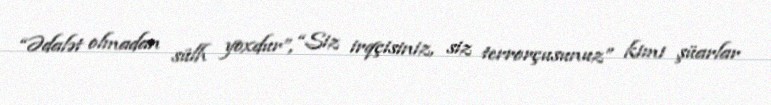
“Ədalət olmadan sülh yoxdur”, “Siz irqçisiniz, siz terrorçusunuz” kimi şüarlar